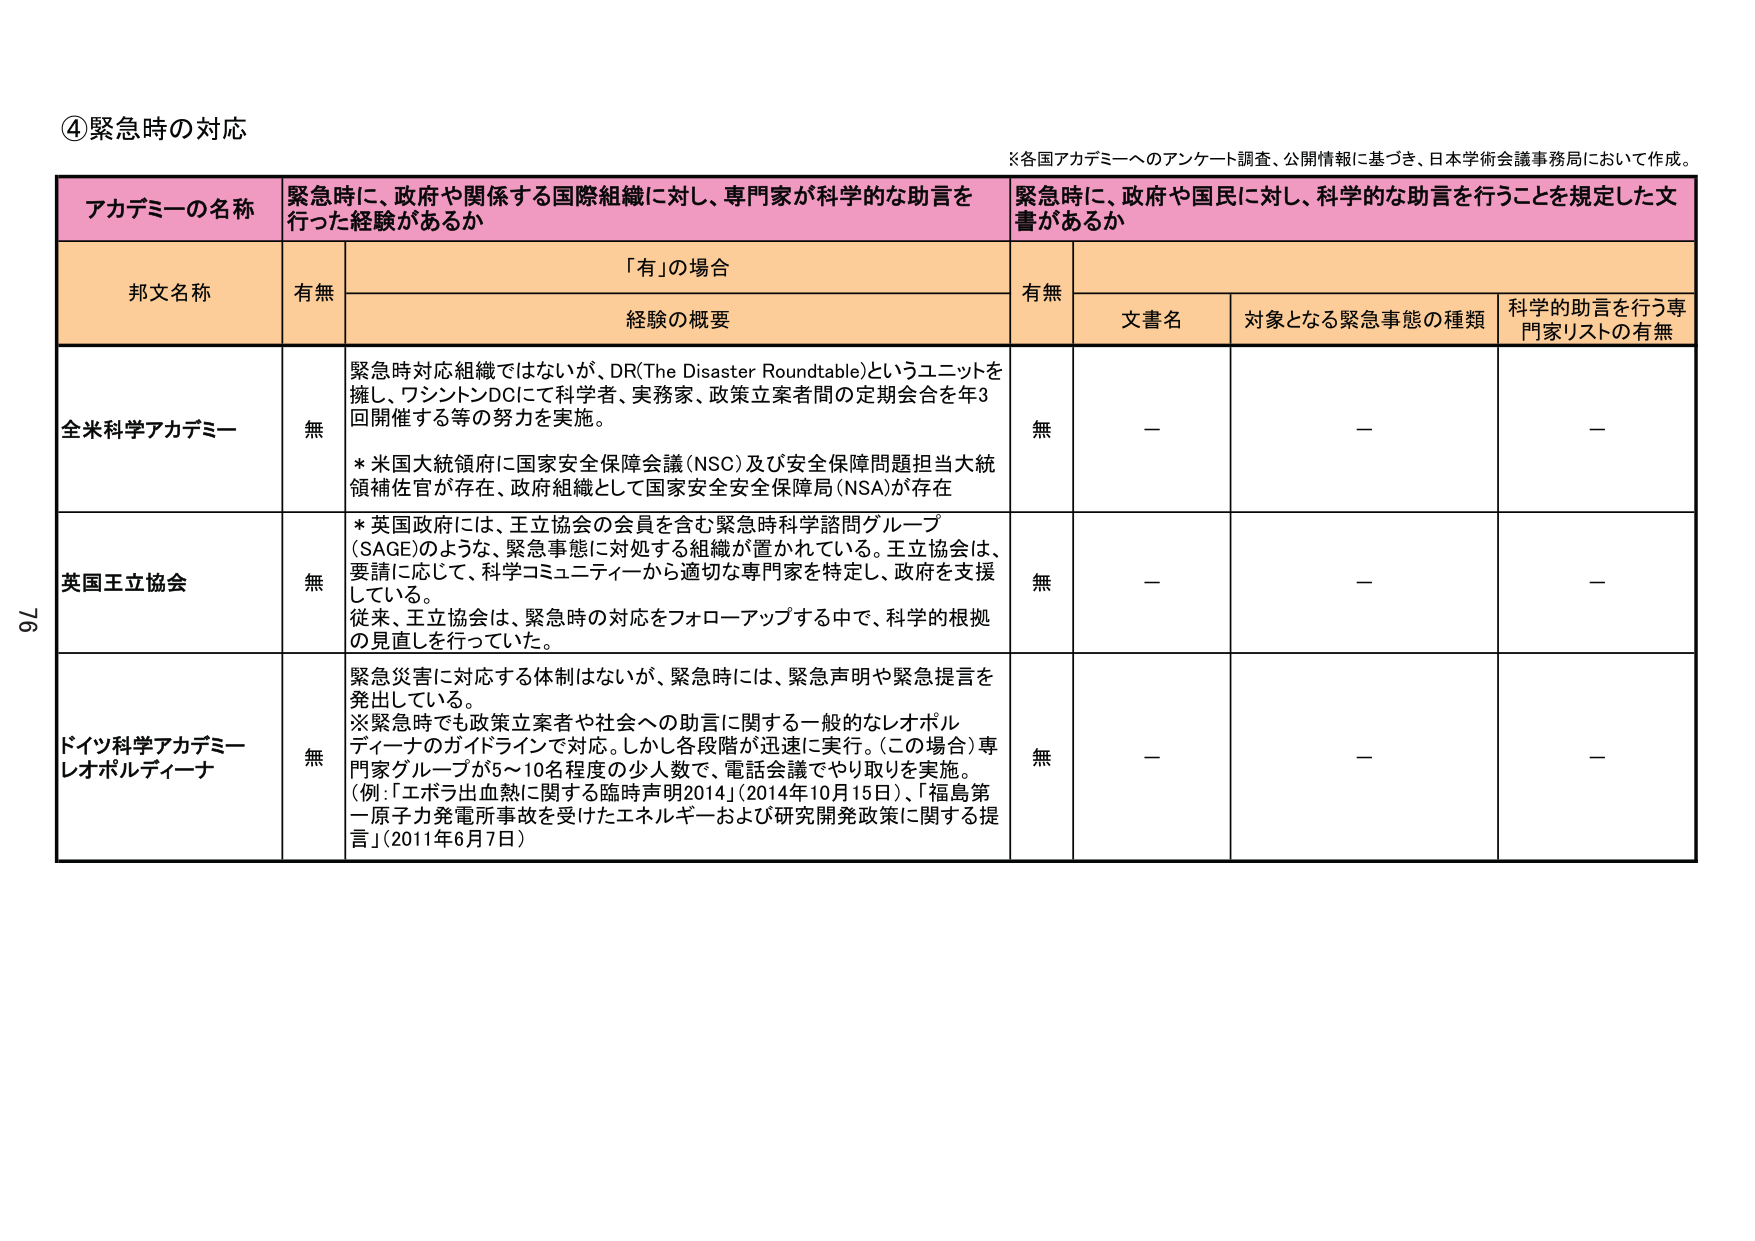
④緊急時の対応

※各国アカデミーへのアンケート調査、公開情報に基づき、日本学術会議事務局において作成。

アカデミーの名称　緊急時に、政府や関係する国際組織に対し、専門家が科学的な助言を行った経験があるか　緊急時に、政府や国民に対し、科学的な助言を行うことを規定した文書があるか

邦文名称　有無　「有」の場合　有無　文書名　対象となる緊急事態の種類　科学的助言を行う専門家リストの有無

全米科学アカデミー　無　緊急時対応組織ではないが、DR(The Disaster Roundtable)というユニットを擁し、ワシントンDCにて科学者、実務家、政策立案者間の定期会合を年3回開催する等の努力を実施。　* 米国大統領府に国家安全保障会議(NSC)及び安全保障問題担当大統領補佐官が存在、政府組織として国家安全安全保障局(NSA)が存在　無　－　－　－

英国王立協会　無　* 英国政府には、王立協会の会員を含む緊急時科学諮問グループ(SAGE)のような、緊急事態に対処する組織が置かれている。王立協会は、要請に応じて、科学コミュニティーから適切な専門家を特定し、政府を支援している。　従来、王立協会は、緊急時の対応をフォローアップする中で、科学的根拠の見直しを行っていた。　無　－　－　－

ドイツ科学アカデミーレオポルディーナ　無　緊急災害に対応する体制はないが、緊急時には、緊急声明や緊急提言を発出している。　※緊急時でも政策立案者や社会への助言に関する一般的なレオポルディーナのガイドラインで対応。しかし各段階が迅速に実行。(この場合)専門家グループが5～10名程度の少人数で、電話会議でやり取りを実施。　(例:「エボラ出血熱に関する臨時声明2014」(2014年10月15日)、「福島第一原子力発電所事故を受けたエネルギーおよび研究開発政策に関する提言」(2011年6月7日)　無　－　－　－

76